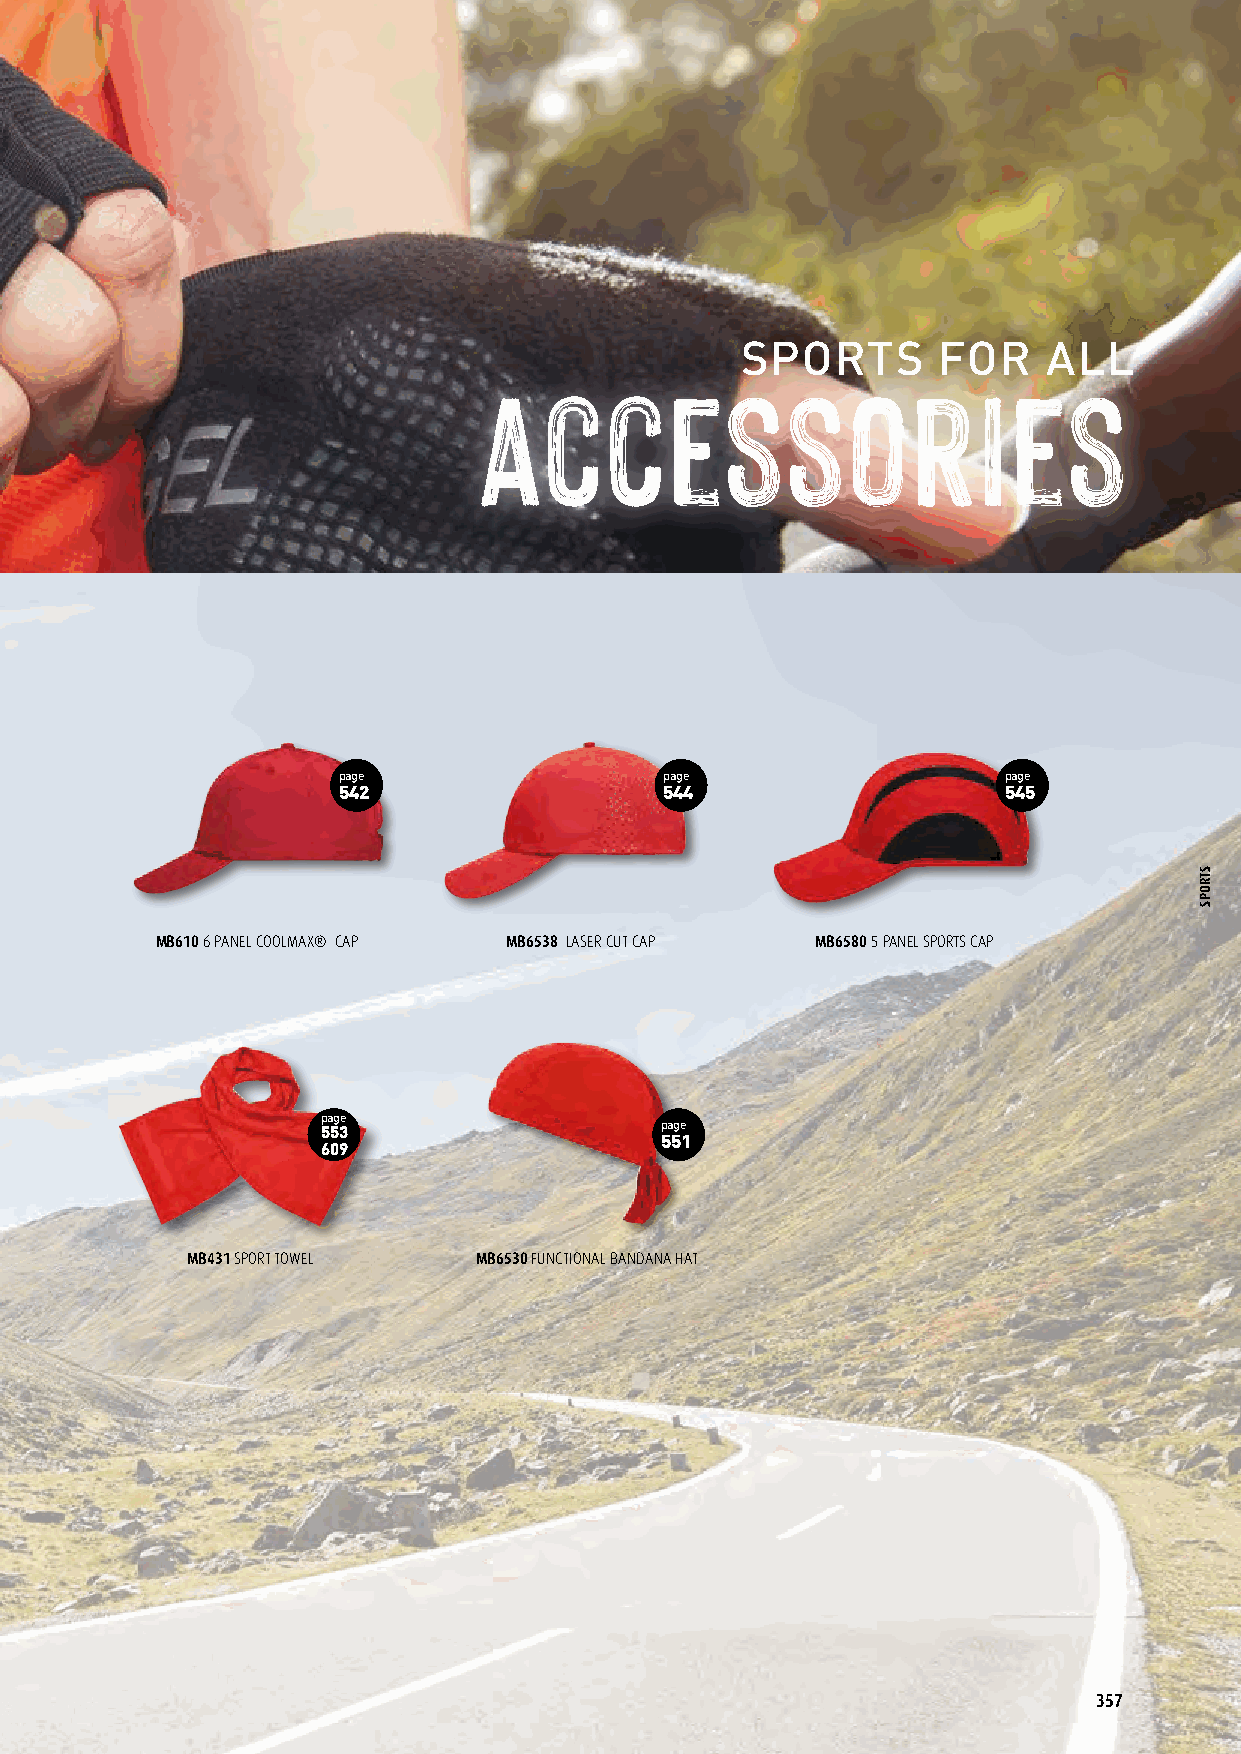
SPORTS       FOR    ALL
 page page page page   page                  page                  page
 354 355 355 355       542                   544                   545
 JN208 COMPRESSION SOCKS JN211 SPORT SOCKS JN210 SPORT SOCKS SHORT JN209 SNEAKER SOCKS MB610 6 PANEL COOLMAX® CAP MB6538 LASER CUT CAP MB6580 5 PANEL SPORTS CAP
 page
 page page page       553                    page
 554 554 554                                 551
 609
 MB044 SPORTY WRISTBAND MB043 TERRY WRISTBAND MB042 TERRY HEADBAND MB431 SPORT TOWEL MB6530 FUNCTIONAL BANDANA HAT
 page page
 352 352
 JN336 BIKE GLOVES SUMMER JN335 BIKE GLOVES WINTER
 357
 STROPS